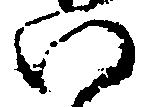
い